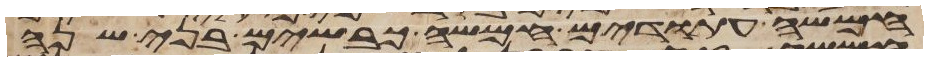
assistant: חמשה עתודים חמשה כבשים בני שנה